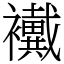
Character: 襶